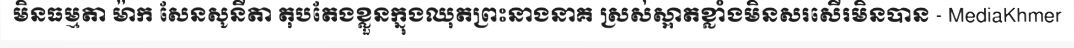
មិនធម្មតា ម៉ាក សែនសូនីតា តុបតែងខ្លួនក្នុងឈុតព្រះនាងនាគ ស្រស់ស្អាតខ្លាំងមិនសរសើរមិនបាន - MediaKhmer